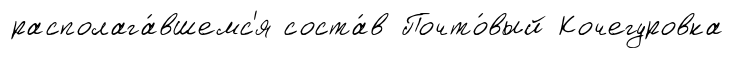
располага́вшемс'я соста́в Почто́вый Кочегуровка